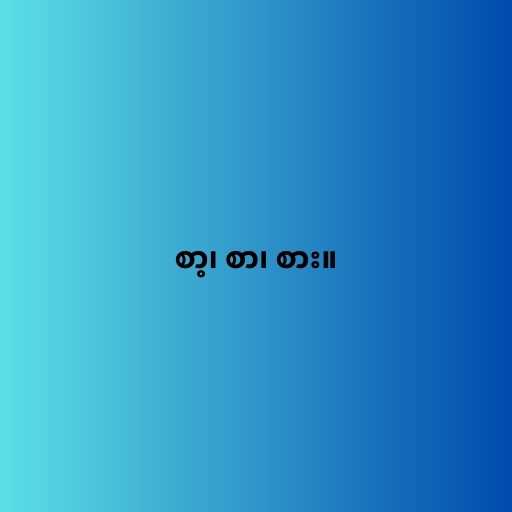
စာ့၊ စာ၊ စား။